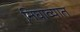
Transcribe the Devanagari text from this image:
निघाव्यात